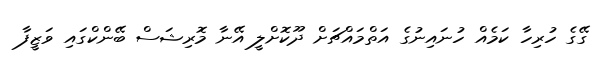
ގޭގެ ހުރިހާ ކަމެއް ހުނައިނުގެ އަތްމައްޗަށް ދޫކޮށްލީ އޭނާ މޮރިޝަސް ބޭންކްގައި ވަޒީފާ